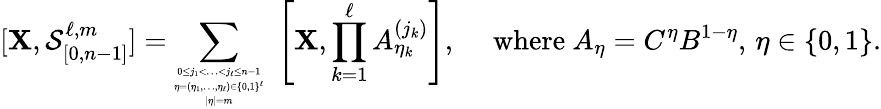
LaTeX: [\mathbf{X},\mathcal{{S}}_{[0,n-1]}^{\ell,m}]=\sum_{\tiny\begin{array}{c}{0\leq j_{1}<\ldots<j_{\ell}\leq n-1}\\ {\eta=(\eta_{1},\ldots,\eta_{\ell})\in\{ 0,1\} ^{\ell}}\\ {|\eta|=m}\end{array}}\, \, \left[\mathbf{X},\prod_{k=1}^{\ell}A_{\eta_{k}}^{(j_{k})}\right],\quad\mathrm{{~where~}}A_{\eta}=C^{\eta}B^{1-\eta},\, \eta\in\{ 0,1\} .